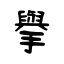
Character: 擧